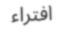
افتراء